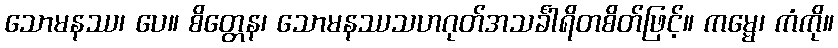
သောမနဿ၊ ပေ။ စိတ္တေန၊ သောမနဿသဟဂုတ်အသင်္ခါရိတစိတ်ဖြင့်။ ကမ္မေ၊ ကံကို။